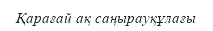
Қарағай ақ саңырауқұлағы